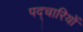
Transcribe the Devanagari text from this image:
पद्चारियों